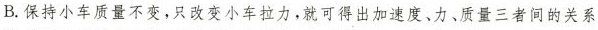
B.保持小车质量不变，只改变小车拉力，就可得出加速度、力、质量三者间的关系